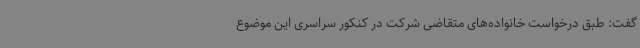
گفت: طبق درخواست خانواده‌های متقاضی شرکت در کنکور سراسری این موضوع